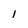
Character: l